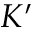
K ^ { \prime }